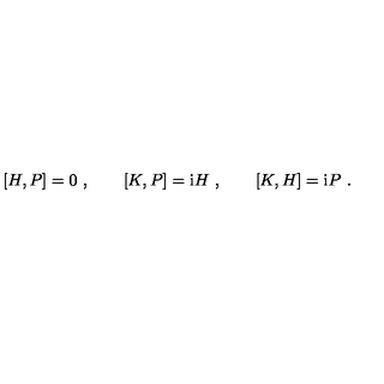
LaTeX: [ H , P ] = 0 \ , \qquad [ K , P ] = \mathrm { i } H \ , \qquad [ K , H ] = \mathrm { i } P \ .